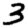
Digit: 3